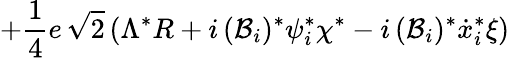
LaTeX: +\frac{1}{4}e\, \sqrt{2}\left(\Lambda^{*}R+i\, ({\cal{B}}_{i})^{*}\psi_{i}^{*}\chi^{*}-i\, ({\cal{B}}_{i})^{*}\dot{x}_{i}^{*}\xi\right)